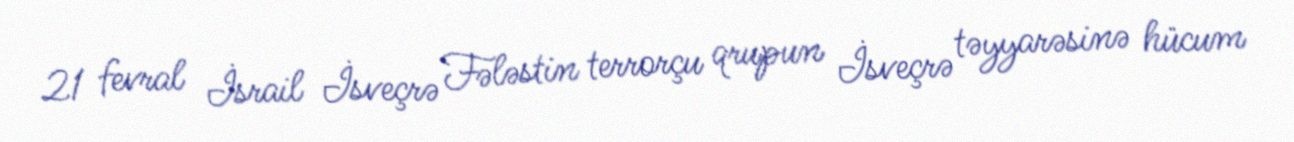
21 fevral İsrail İsveçrə Fələstin terrorçu qrupun İsveçrə təyyarəsinə hücum